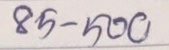
85 - 500